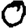
Digit: 0